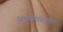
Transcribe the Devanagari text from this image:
कुटुंबियांसमवेत